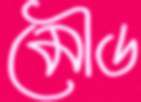
মৌড